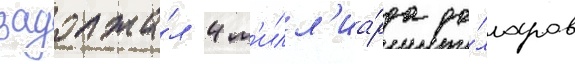
задолжа́л 4 м'илл'иа́рда до́лларов